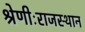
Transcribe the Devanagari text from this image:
श्रेणीःराजस्थान